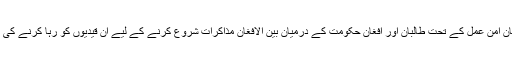
صدارتی ترجمان صدیق صدیقی نے ٹوئٹ کرتے ہوئے بتایا کہ افغان امن عمل کے تحت طالبان اور افغان حکومت کے درمیان بین الافغان مذاکرات شروع کرنے کے لیے ان قیدیوں کو رہا کرنے کی منظوری دے دی اور 4 روز میں اس عمل کا آغاز کردیا جائے گا۔